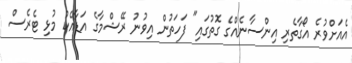
އެއަށްވުރެ އޯގާތެރި އިންސާނެއްގެ ގޮތުގައި" ފަހަތުން އިވުނު ރޭޝްމާގެ އަޑާއެކު މުޅި ޓެރެސް